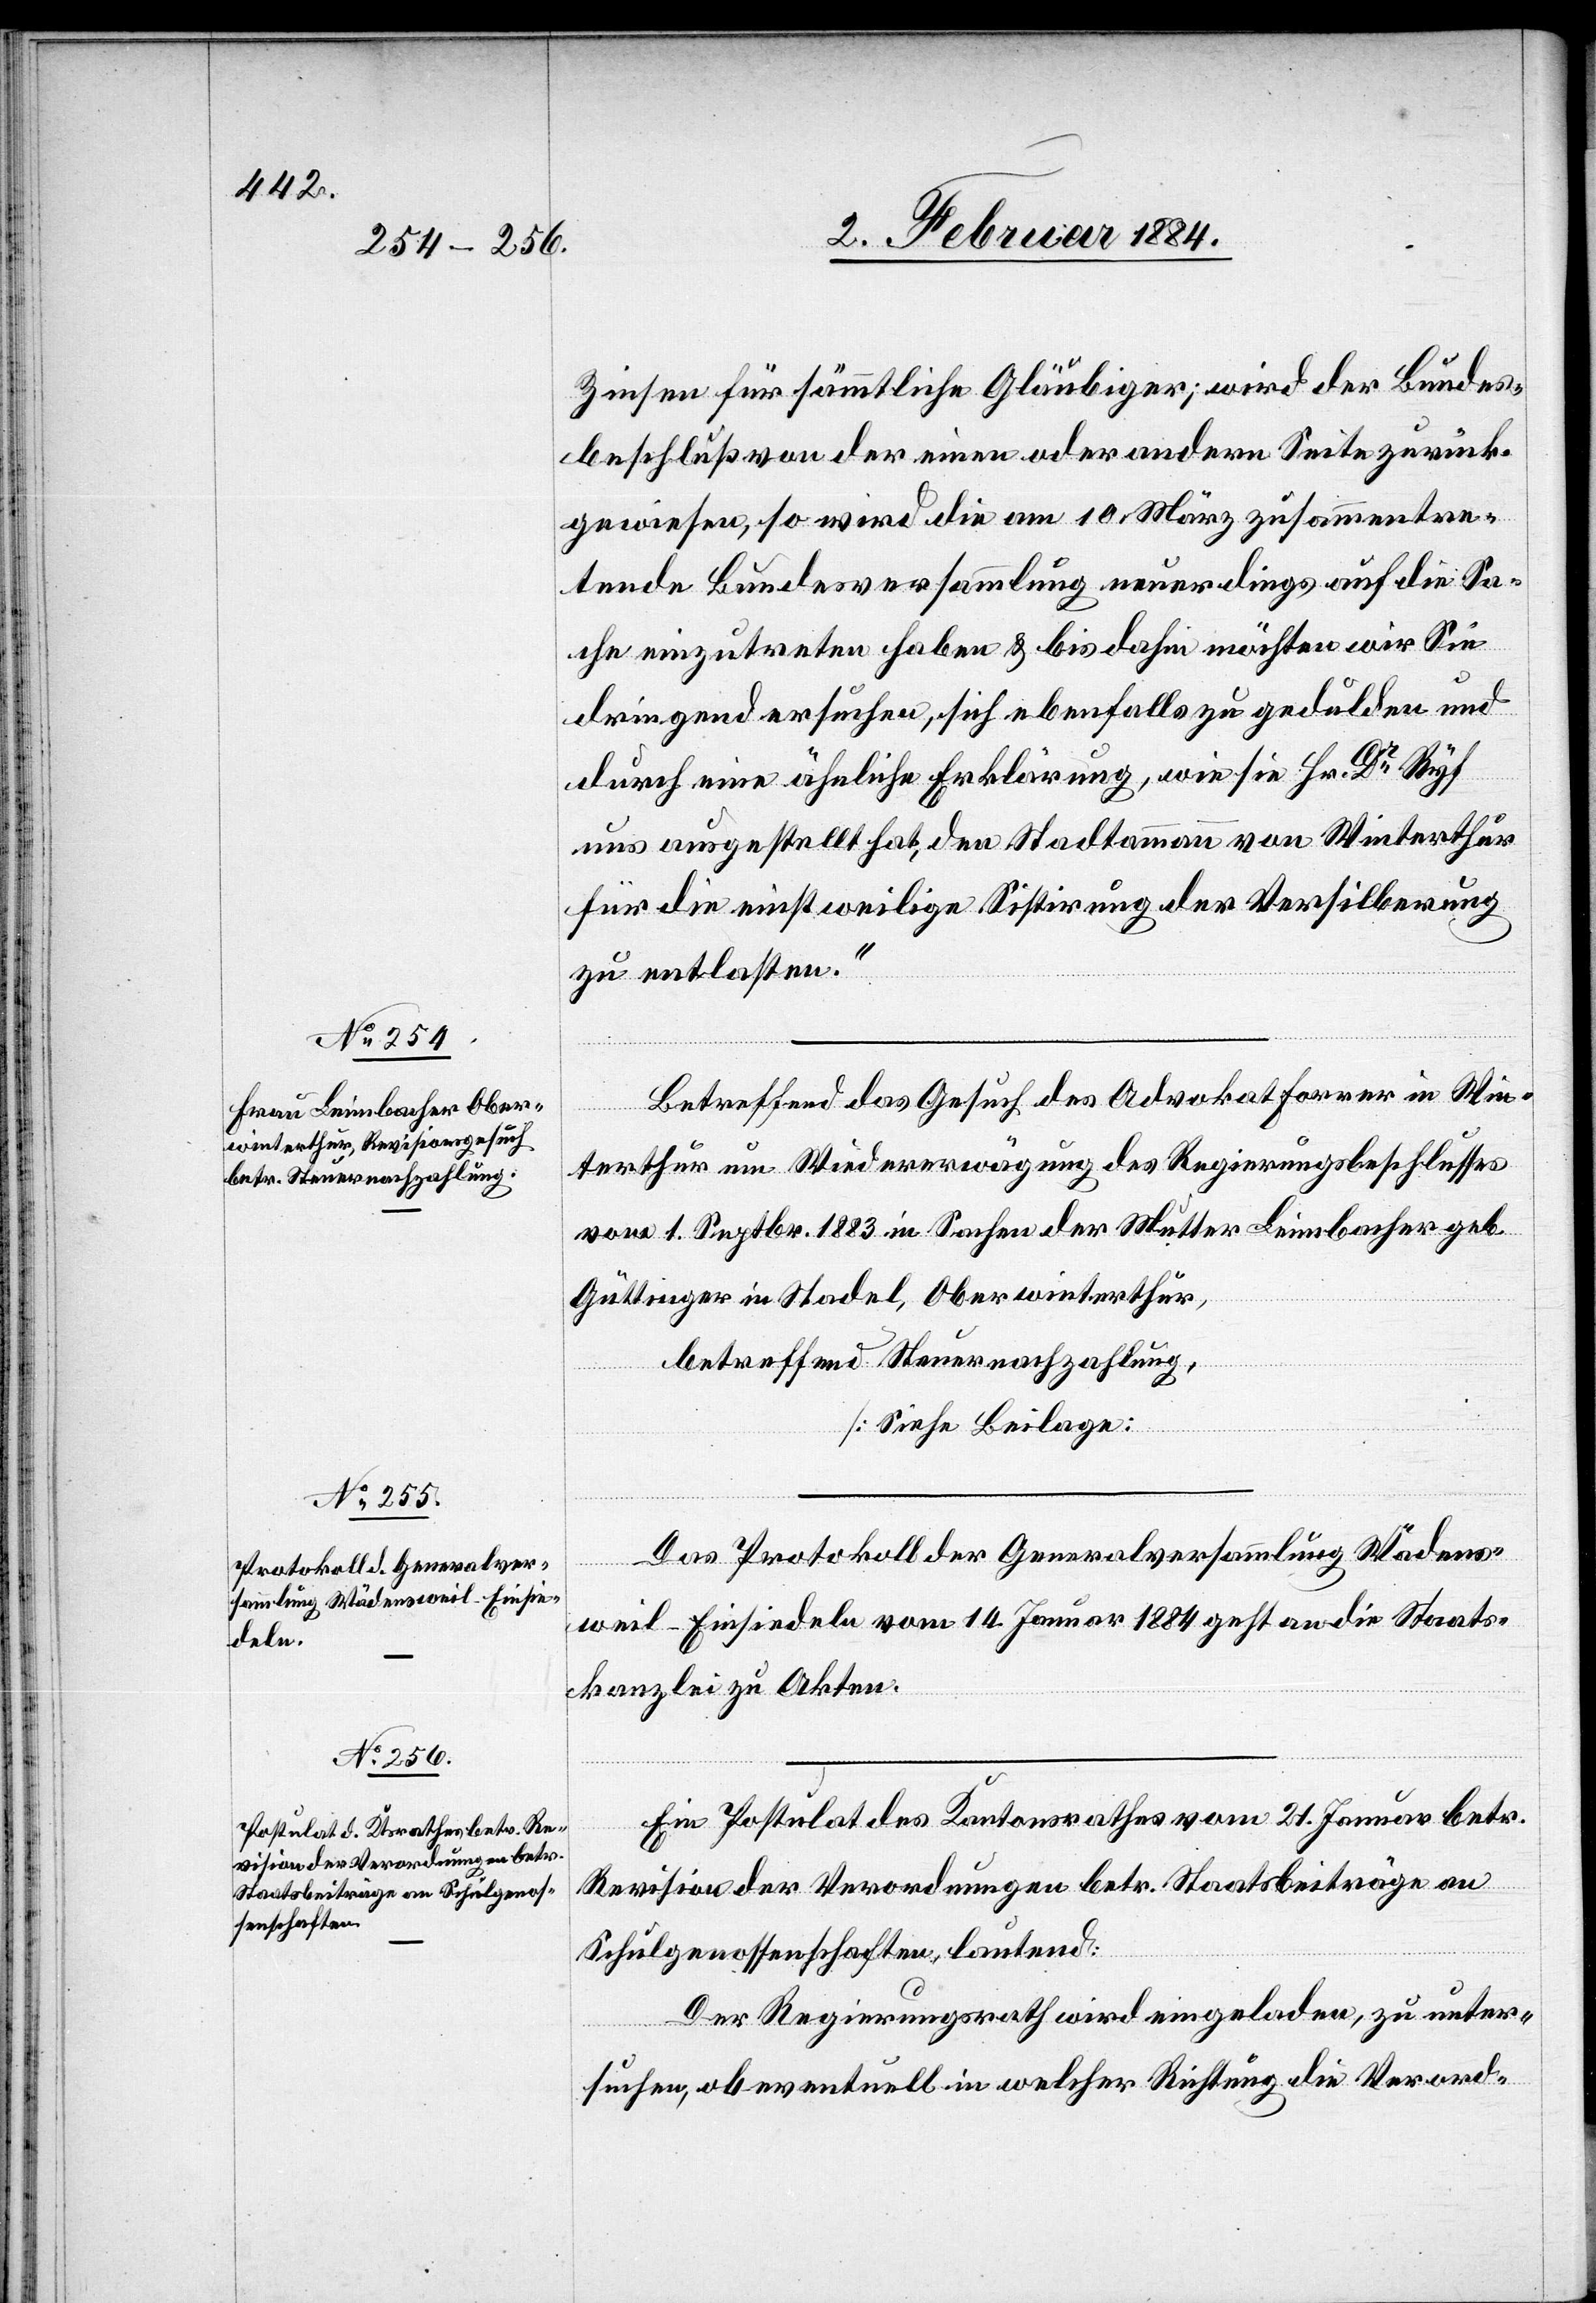
Zinsen für sämmtliche Gläubiger; wird der Bundes¬
beschluß von der einen oder andern Seite zurück¬
gewiesen, so wird die am 10. März zusammentre¬
tende Bundesversammlung neuerdings auf die Sa¬
che einzutreten haben & bis dahin möchten wir Sie
dringend ersuchen, sich ebenfalls zu gedulden und
durch eine ähnliche Erklärung, wie sie Hr. Dr Ryf
uns ausgestellt hat, den Stadtammann von Winterthur
für die einstweilige Sistierung der Versilberung
zu entlasten.“
Das Protokoll der Generalversammlung Wädens¬
weil-Einsiedeln vom 14. Januar 1884 geht an die Staats¬
kanzlei zu Akten.
Ein Postulat des Kantonsrathes vom 21. Januar betr.
Revision der Verordnungen betr. Staatsbeiträge an
Schulgenossenschaften, lautend:
Der Regierungsrath wird eingeladen, zu unter¬
suchen, ob eventuell, in welcher Richtung, die Verord-